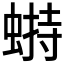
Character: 𧎋